Civil Veterinary Department. United Provinces 1912-22 - 1912-1922
Year: 1912
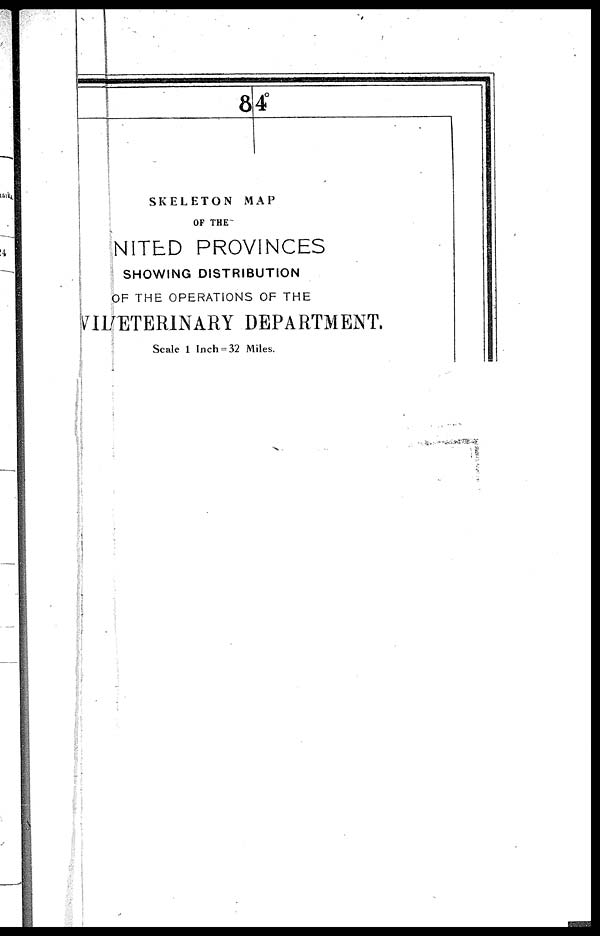
84 °
SKELETON
MAP
OF THE
NITED PROVINCES
SHOWING DISTRIBUTION
OF THE OPERATIONS OF THE
VII / ETERINARY DEPARTMENT .
Scale 1 Inch=32 Miles.